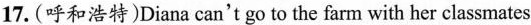
17.（呼和浩特）Diana can't go to the farm with her classmates